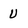
Character: U